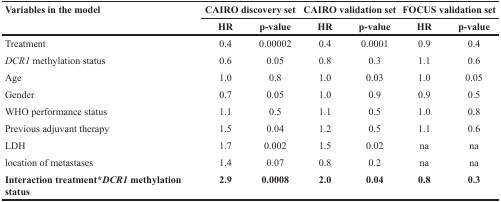
<table><thead><tr><td rowspan="2"><b>Variables in the model</b></td><td colspan="2"><b>CAIRO discovery set</b></td><td colspan="2"><b>CAIRO validation set</b></td><td colspan="2"><b>FOCUS validation set</b></td></tr><tr><td><b>HR</b></td><td><b>p-value</b></td><td><b>HR</b></td><td><b>p-value</b></td><td><b>HR</b></td><td><b>p-value</b></td></tr></thead><tbody><tr><td>Treatment</td><td>0.4</td><td>0.00002</td><td>0.4</td><td>0.0001</td><td>0.9</td><td>0.4</td></tr><tr><td><i>DCR1</i> methylation status</td><td>0.6</td><td>0.05</td><td>0.8</td><td>0.3</td><td>1.1</td><td>0.6</td></tr><tr><td>Age</td><td>1.0</td><td>0.8</td><td>1.0</td><td>0.03</td><td>1.0</td><td>0.05</td></tr><tr><td>Gender</td><td>0.7</td><td>0.05</td><td>1.0</td><td>0.9</td><td>0.9</td><td>0.5</td></tr><tr><td>WHO performance status</td><td>1.1</td><td>0.5</td><td>1.1</td><td>0.5</td><td>1.0</td><td>0.8</td></tr><tr><td>Previous adjuvant therapy</td><td>1.5</td><td>0.04</td><td>1.2</td><td>0.5</td><td>1.1</td><td>0.6</td></tr><tr><td>LDH</td><td>1.7</td><td>0.002</td><td>1.5</td><td>0.02</td><td>na</td><td>na</td></tr><tr><td>location of metastases</td><td>1.4</td><td>0.07</td><td>0.8</td><td>0.2</td><td>na</td><td>na</td></tr><tr><td><b>Interaction treatment</b>*<b><i>DCR1</i> methylation status</b></td><td><b>2.9</b></td><td><b>0.0008</b></td><td><b>2.0</b></td><td><b>0.04</b></td><td><b>0.8</b></td><td><b>0.3</b></td></tr></tbody></table>